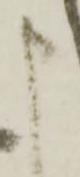
申